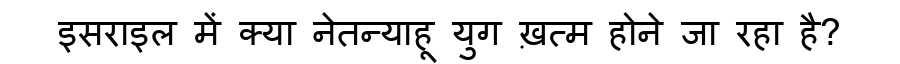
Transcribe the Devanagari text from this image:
इसराइल में क्या नेतन्याहू युग ख़त्म होने जा रहा है?